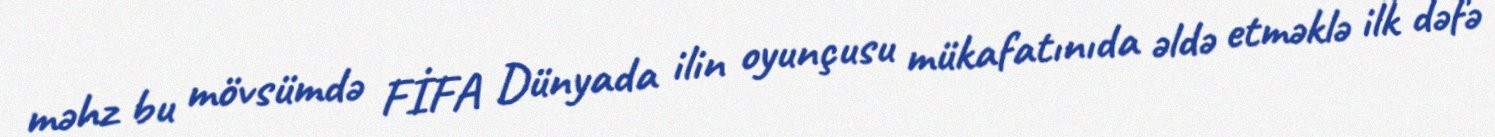
məhz bu mövsümdə FİFA Dünyada ilin oyunçusu mükafatınıda əldə etməklə ilk dəfə